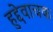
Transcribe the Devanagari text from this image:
हुद्देवाचक